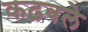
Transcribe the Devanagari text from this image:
कढवले